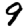
Digit: 9